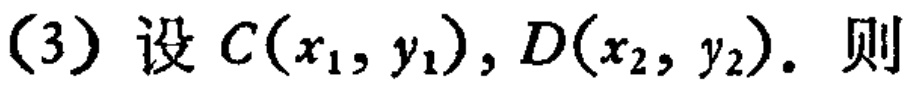
(3) 设 \(C(x_1,y_1),D(x_2,y_2)\). 则